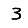
Digit: 3